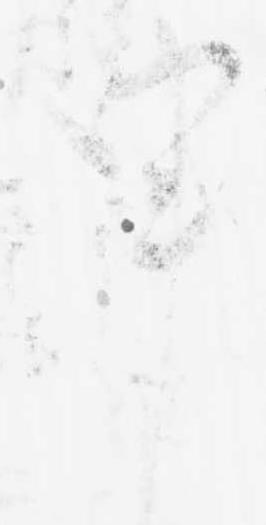
申